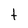
Character: t